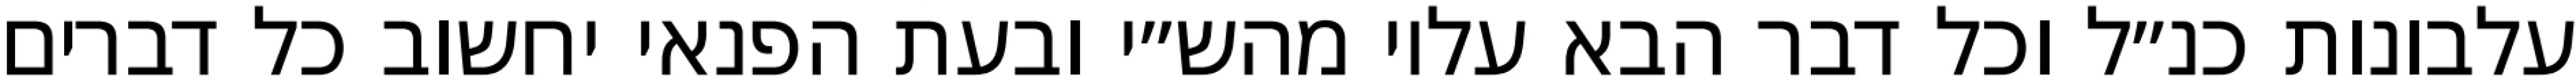
עלבונות כנ״ל וכל דבר הבא עליו מהש״י ובעת הפנאי יחשוב כל דברים